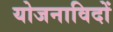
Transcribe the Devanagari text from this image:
योजनाविदों